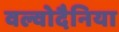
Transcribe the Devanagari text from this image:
वल्वोदैनिया